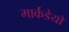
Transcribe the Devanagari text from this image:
मार्कंडेयो